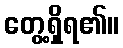
တွေ့ရှိရ၏။